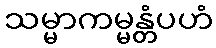
သမ္မာကမ္မန္တံပဟံ